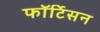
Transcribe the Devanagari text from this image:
फॉर्टिसन